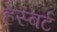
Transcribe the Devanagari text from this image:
हेस्बर्ट